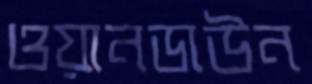
ওয়ানডাউন